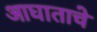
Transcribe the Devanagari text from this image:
आघाताचे